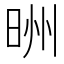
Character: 𪰢